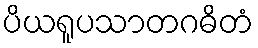
ပိယရူပသာတဂဓိတံ